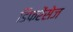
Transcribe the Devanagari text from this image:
डिफरेंसेज